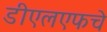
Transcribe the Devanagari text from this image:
डीएलएफचे